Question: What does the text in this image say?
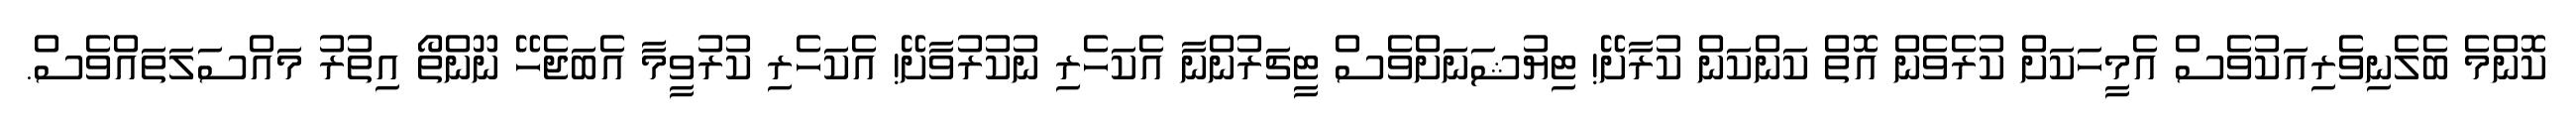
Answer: ކޮންމެ ބެލެނިވެރިއަކުވެސް އެމީހަކަށް ކުރެވެން އޮތް ކަންކަން ކުރާށޭ! ޓިޔުޝަނަށްވެސް ޓީޗަރުންނާ އެކަހެރި ނުކުރުވާށޭ! އެކަހެރި ކުރުވީމާ އެބަޖެހޭ ނޫންތޯ އިތުރު މައްސަލަތައްވެސް.